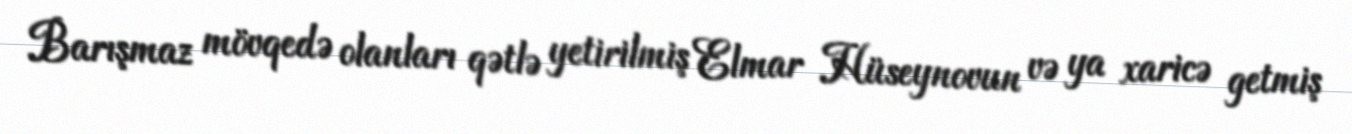
Barışmaz mövqedə olanları qətlə yetirilmiş Elmar Hüseynovun və ya xaricə getmiş